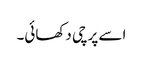
اسے پرچی دکھائی۔